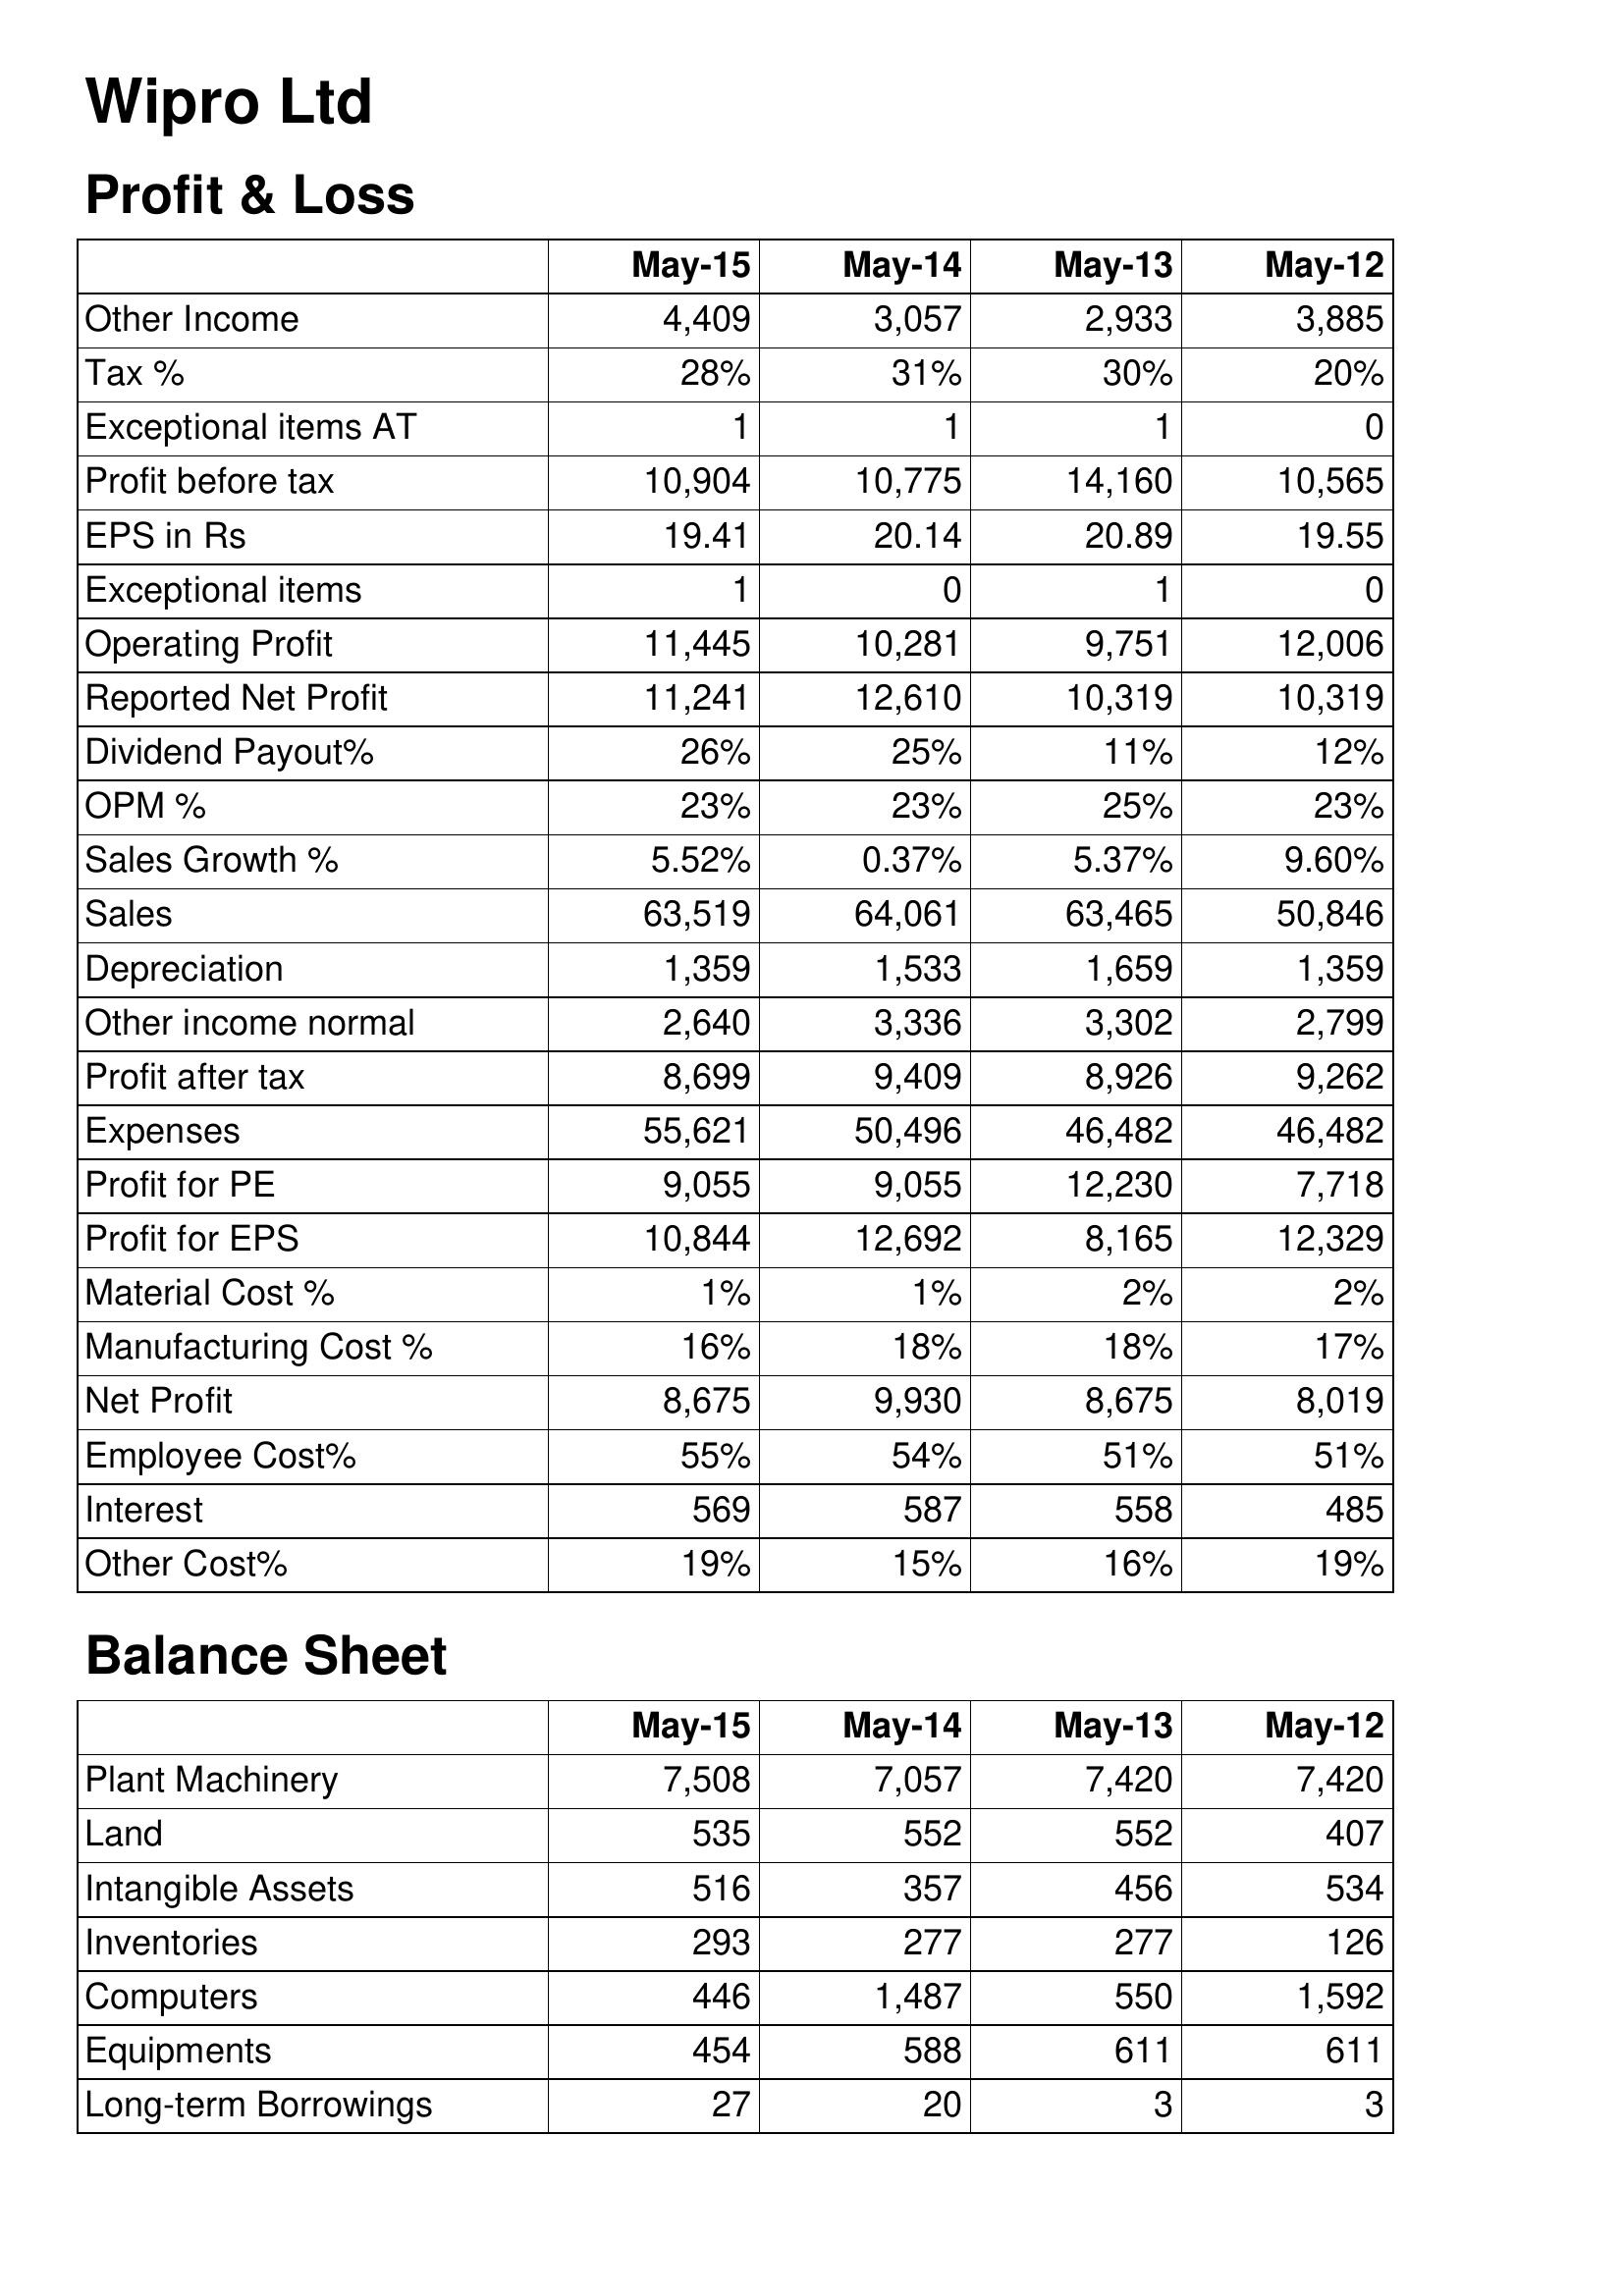
May-15: Profit & Loss: Other Income: 4,409
Tax %: 28%
Exceptional items AT: 1
Profit before tax: 10,904
EPS in Rs: 19.41
Exceptional items: 1
Operating Profit: 11,445
Reported Net Profit: 11,241
Dividend Payout%: 26%
OPM %: 23%
Sales Growth %: 5.52%
Sales: 63,519
Depreciation: 1,359
Other income normal: 2,640
Profit after tax: 8,699
Expenses: 55,621
Profit for PE: 9,055
Profit for EPS: 10,844
Material Cost %: 1%
Manufacturing Cost %: 16%
Net Profit: 8,675
Employee Cost%: 55%
Interest: 569
Other Cost%: 19%
Balance Sheet: Plant Machinery: 7,508
Land: 535
Intangible Assets: 516
Inventories: 293
Computers: 446
Equipments: 454
Long-term Borrowings: 27
May-14: Profit & Loss: Other Income: 3,057
Tax %: 31%
Exceptional items AT: 1
Profit before tax: 10,775
EPS in Rs: 20.14
Exceptional items: 0
Operating Profit: 10,281
Reported Net Profit: 12,610
Dividend Payout%: 25%
OPM %: 23%
Sales Growth %: 0.37%
Sales: 64,061
Depreciation: 1,533
Other income normal: 3,336
Profit after tax: 9,409
Expenses: 50,496
Profit for PE: 9,055
Profit for EPS: 12,692
Material Cost %: 1%
Manufacturing Cost %: 18%
Net Profit: 9,930
Employee Cost%: 54%
Interest: 587
Other Cost%: 15%
Balance Sheet: Plant Machinery: 7,057
Land: 552
Intangible Assets: 357
Inventories: 277
Computers: 1,487
Equipments: 588
Long-term Borrowings: 20
May-13: Profit & Loss: Other Income: 2,933
Tax %: 30%
Exceptional items AT: 1
Profit before tax: 14,160
EPS in Rs: 20.89
Exceptional items: 1
Operating Profit: 9,751
Reported Net Profit: 10,319
Dividend Payout%: 11%
OPM %: 25%
Sales Growth %: 5.37%
Sales: 63,465
Depreciation: 1,659
Other income normal: 3,302
Profit after tax: 8,926
Expenses: 46,482
Profit for PE: 12,230
Profit for EPS: 8,165
Material Cost %: 2%
Manufacturing Cost %: 18%
Net Profit: 8,675
Employee Cost%: 51%
Interest: 558
Other Cost%: 16%
Balance Sheet: Plant Machinery: 7,420
Land: 552
Intangible Assets: 456
Inventories: 277
Computers: 550
Equipments: 611
Long-term Borrowings: 3
May-12: Profit & Loss: Other Income: 3,885
Tax %: 20%
Exceptional items AT: 0
Profit before tax: 10,565
EPS in Rs: 19.55
Exceptional items: 0
Operating Profit: 12,006
Reported Net Profit: 10,319
Dividend Payout%: 12%
OPM %: 23%
Sales Growth %: 9.60%
Sales: 50,846
Depreciation: 1,359
Other income normal: 2,799
Profit after tax: 9,262
Expenses: 46,482
Profit for PE: 7,718
Profit for EPS: 12,329
Material Cost %: 2%
Manufacturing Cost %: 17%
Net Profit: 8,019
Employee Cost%: 51%
Interest: 485
Other Cost%: 19%
Balance Sheet: Plant Machinery: 7,420
Land: 407
Intangible Assets: 534
Inventories: 126
Computers: 1,592
Equipments: 611
Long-term Borrowings: 3